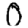
Digit: 0